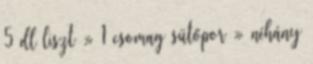
5 dl liszt » 1 csomag sütőpor » néhány